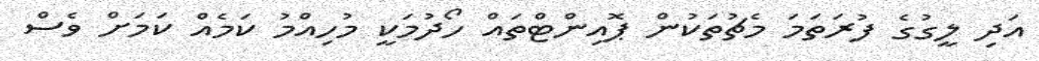
އަދި ލީގުގެ ފުރަތަމަ މެޗުތަކުން ޕޮއިންޓްތައް ހޯދުމަކީ މުހިއްމު ކަމެއް ކަމަށް ވެސް